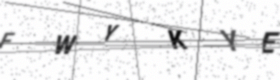
Text: FWYKYE